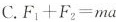
C.$$F_{1} + F_{2} = m a$$